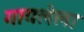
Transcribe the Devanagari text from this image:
गायलेला